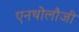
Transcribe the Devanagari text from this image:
एनथोलौजी